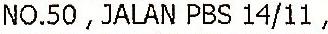
NO.50, JALAN PBS 14/11,